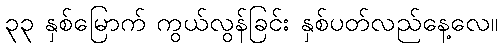
၃၃ နှစ်မြောက် ကွယ်လွန်ခြင်း နှစ်ပတ်လည်နေ့လေ။